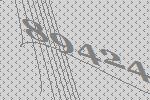
89424